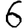
Digit: 6